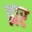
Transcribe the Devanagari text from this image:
ह्यर